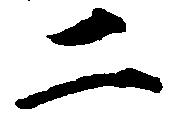
二